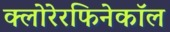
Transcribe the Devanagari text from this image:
क्लोरेरफिनेकॉल